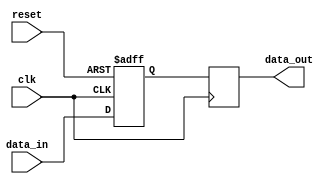
module latch_delay (
    input wire clk,
    input wire reset,
    input wire data_in,
    output reg data_out
);

reg latch;

always @(posedge clk or negedge reset) begin
    if (reset == 0) begin
        latch <= 0;
    end else begin
        latch <= data_in;
    end
end

always @(posedge clk) begin
    data_out <= latch;
end

endmodule